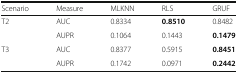
| Scenario | Measure | MLKNN | RLS | GRUF |
 | --- | --- | --- | --- | --- |
 | <ROWSPAN=2> T2 | AUC | 0.8334 | 0.8510 | 0.8482 |
 | AUPR | 0.1064 | 0.1443 | 0.1479 |
 | <ROWSPAN=2> T3 | AUC | 0.8377 | 0.5915 | 0.8451 |
 | AUPR | 0.1742 | 0.0971 | 0.2442 |